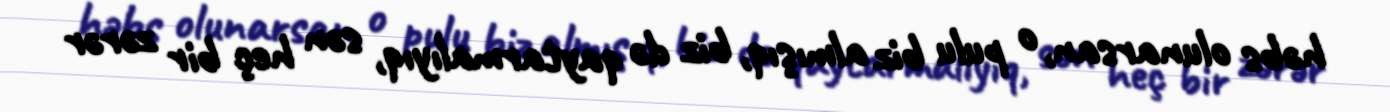
həbs olunarsan, o pulu biz almışıq, biz də qaytarmalıyıq, sən heç bir zərər